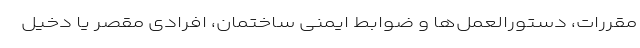
مقررات، دستورالعمل‌ها و ضوابط ایمنی ساختمان، افرادی مقصر یا دخیل